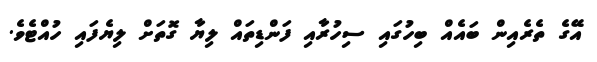
އޭގެ ތެރެއިން ބައެއް ބިހުގައި ސިހުރާއި ފަންޑިތައް ލިޔާ ގޮތަށް ލިޔެފައި ހުއްޓެވެ.